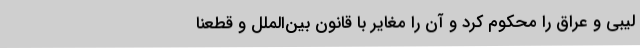
لیبی و عراق را محکوم کرد و آن را مغایر با قانون بین‌الملل و قطعنا